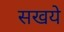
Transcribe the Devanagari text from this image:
सखये